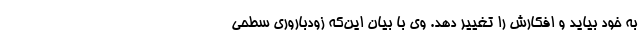
به خود بیاید و افکارش را تغییر دهد. وی با بیان این‌که زودباروری سطحی